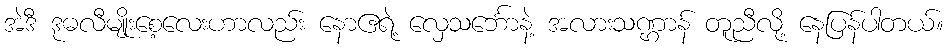
အဲဒီ ဒုဓလီမျိုးစေ့လေးဟာလည်း နောဧရဲ့ လှေသင်္ဘောနဲ့ အလားသဏ္ဌာန် တူညီလို့ နေပြန်ပါတယ်။